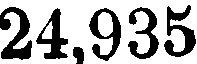
24,935